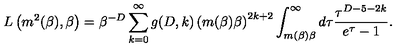
L \left( m ^ { 2 } ( \beta ) , \beta \right) = \beta ^ { - D } \sum _ { k = 0 } ^ { \infty } g ( D , k ) \left( m ( \beta ) \beta \right) ^ { 2 k + 2 } \int _ { m ( \beta ) \beta } ^ { \infty } d \tau \frac { \tau ^ { D - 5 - 2 k } } { e ^ { \tau } - 1 } .